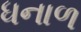
ધનાળ